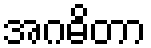
အဂဓိတာ